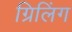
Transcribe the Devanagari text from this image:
ग्रिलिंग